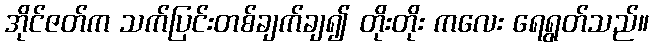
အိုင်ဇတ်က သက်ပြင်းတစ်ချက်ချ၍ တိုးတိုး ကလေး ရေရွတ်သည်။